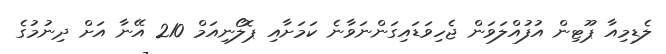
ލެޑިމިއާ ޕޫޓިން އުފުއްލަވަން ޖެހިވަޑައިގަންނަވާނެ ކަމަށާއި ޕޮލޯނިއަމް 210 އޭނާ އަށް ދިނުމުގެ